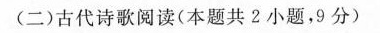
（二古代诗歌阅读（本题共2小题，9分））